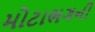
મોટાભગની